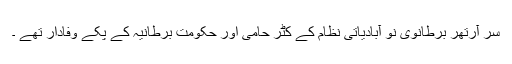
سر آرتھر برطانوی نو آبادیاتی نظام کے کٹر حامی اور حکومت برطانیہ کے پکے وفادار تھے ۔